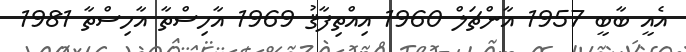
އެއީ ބާބީ 1957 އާންޗަލް 1960 އިއްތިފާޤު 1969 އާހިސްތާ އާހިސްތާ 1981